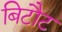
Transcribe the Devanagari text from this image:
बिटौट